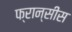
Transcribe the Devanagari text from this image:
फ्रान्सीस